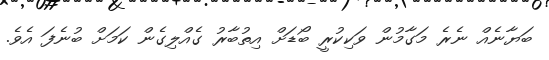
ބަޔާނެއް ނެރެ މަގާމުން ވަކިކުރީ ބޯޑަށް އިތުބާރު ގެއްލިގެން ކަމަށް ބުނެފަ އެވެ.